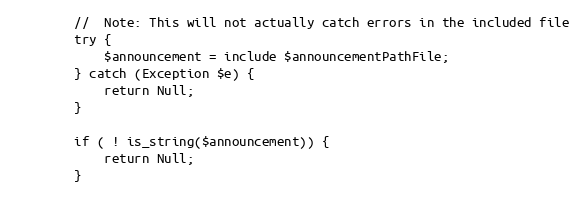
Language: PHP
        //  Note: This will not actually catch errors in the included file
        try {
            $announcement = include $announcementPathFile;
        } catch (Exception $e) {
            return Null;
        }

        if ( ! is_string($announcement)) {
            return Null;
        }